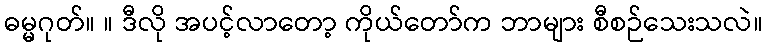
ဓမ္မဂုတ်။ ။ ဒီလို အပင့်လာတော့ ကိုယ်တော်က ဘာများ စီစဉ်သေးသလဲ။